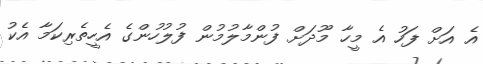
އެ އަށް ފަހު އެ މީހާ މޫދަަށް ފުންމާލުމުން ފުލުހުންގެ އެހީތެރިކަމާ އެކު